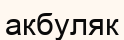
акбуляк